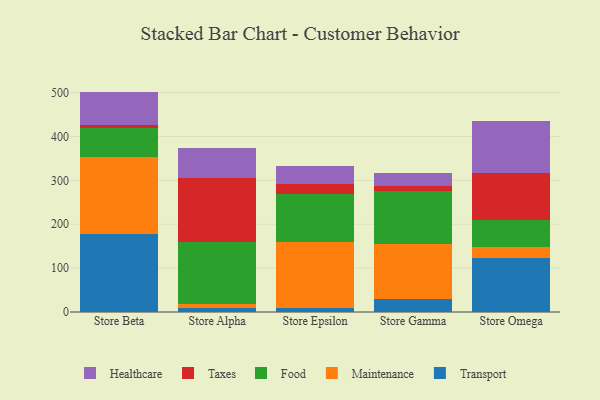
{"axis": {"x": "Store", "y": "Market Share (%)"}, "legend": ["Food", "Healthcare", "Maintenance", "Taxes", "Transport"], "data": [{"x": "Store Beta", "y": 177.8, "type": "Transport"}, {"x": "Store Beta", "y": 176.7, "type": "Maintenance"}, {"x": "Store Beta", "y": 64.4, "type": "Food"}, {"x": "Store Beta", "y": 6.4, "type": "Taxes"}, {"x": "Store Beta", "y": 77.2, "type": "Healthcare"}, {"x": "Store Alpha", "y": 9.3, "type": "Transport"}, {"x": "Store Alpha", "y": 8.4, "type": "Maintenance"}, {"x": "Store Alpha", "y": 142.2, "type": "Food"}, {"x": "Store Alpha", "y": 145.0, "type": "Taxes"}, {"x": "Store Alpha", "y": 69.9, "type": "Healthcare"}, {"x": "Store Epsilon", "y": 8.5, "type": "Transport"}, {"x": "Store Epsilon", "y": 151.3, "type": "Maintenance"}, {"x": "Store Epsilon", "y": 109.1, "type": "Food"}, {"x": "Store Epsilon", "y": 23.2, "type": "Taxes"}, {"x": "Store Epsilon", "y": 41.7, "type": "Healthcare"}, {"x": "Store Gamma", "y": 29.1, "type": "Transport"}, {"x": "Store Gamma", "y": 126.9, "type": "Maintenance"}, {"x": "Store Gamma", "y": 118.9, "type": "Food"}, {"x": "Store Gamma", "y": 13.2, "type": "Taxes"}, {"x": "Store Gamma", "y": 29.9, "type": "Healthcare"}, {"x": "Store Omega", "y": 123.0, "type": "Transport"}, {"x": "Store Omega", "y": 25.2, "type": "Maintenance"}, {"x": "Store Omega", "y": 60.6, "type": "Food"}, {"x": "Store Omega", "y": 108.9, "type": "Taxes"}, {"x": "Store Omega", "y": 118.1, "type": "Healthcare"}]}